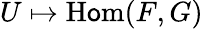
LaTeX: U\mapsto\operatorname{H\mathsf{o}m}(F,G)